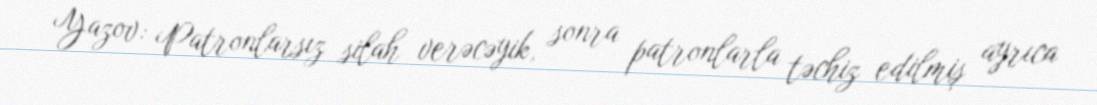
Yazov: Patronlarsız silah verəcəyik, sonra patronlarla təchiz edilmiş ayrıca